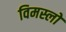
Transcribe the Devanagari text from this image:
विमस्लो